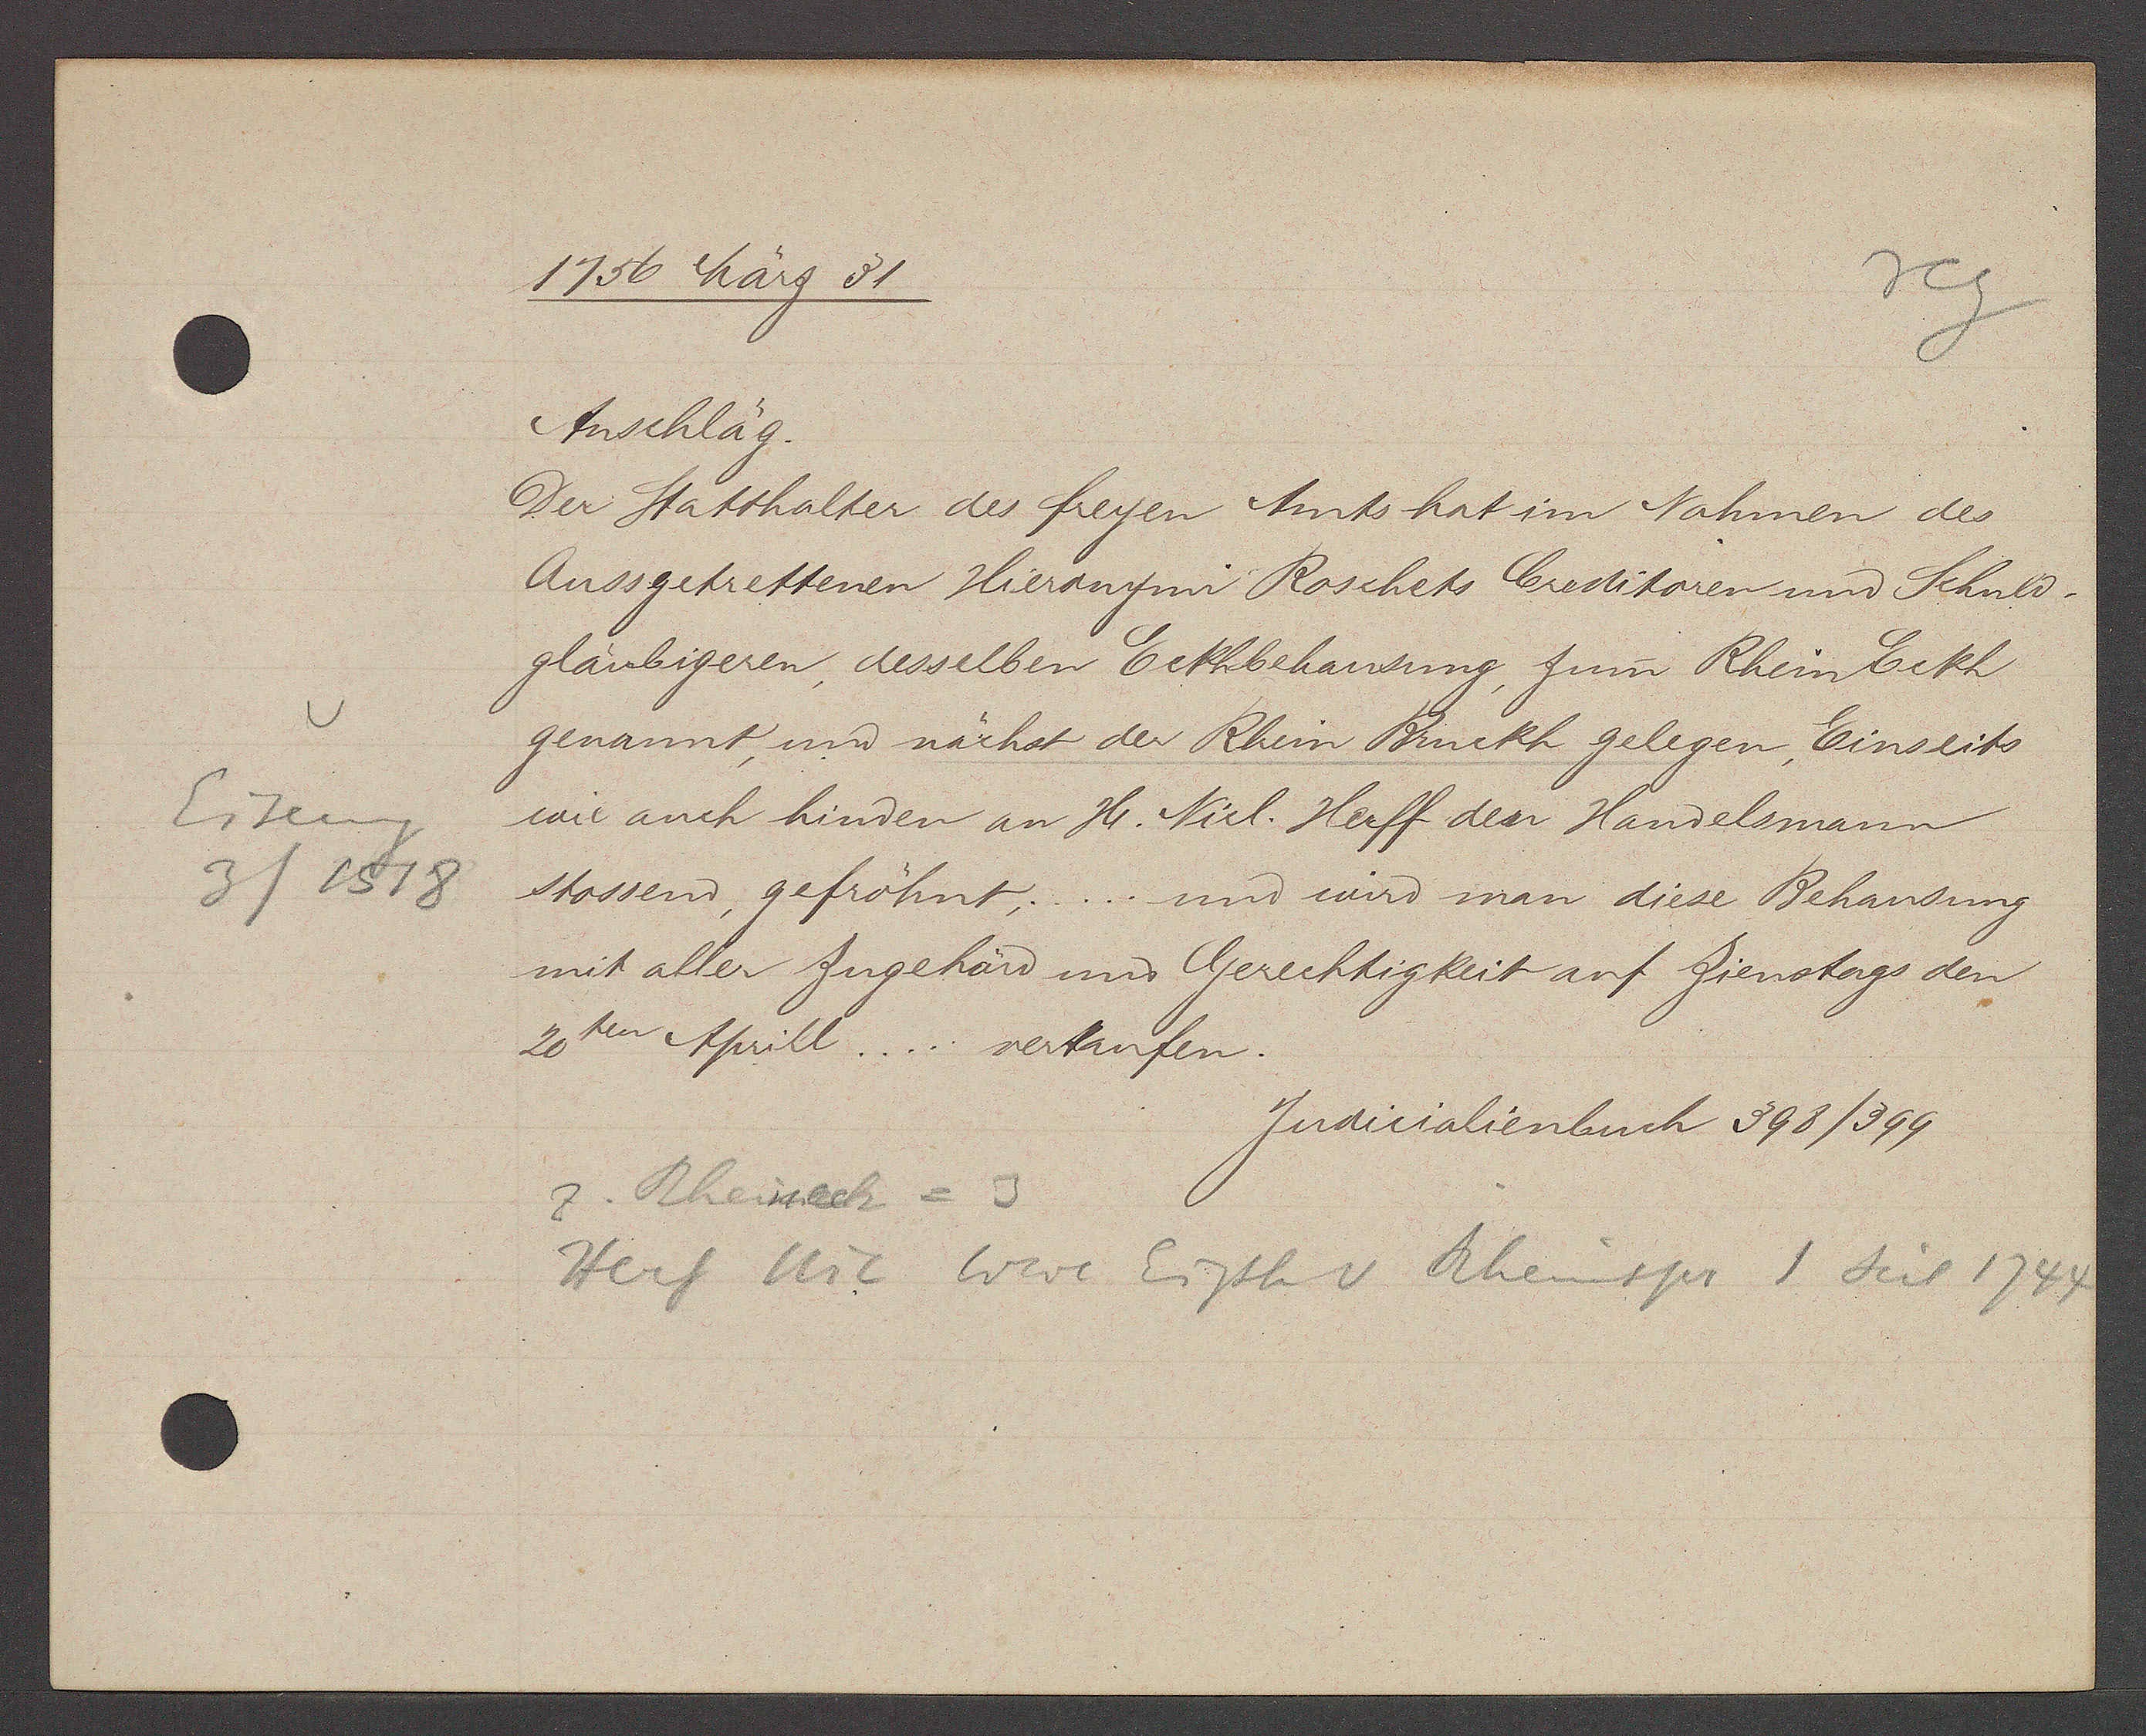
Transcript:
Eiseng
3 / 1518

1756 März 31

Anschläg.
Der Statthalter des freyen Amts hat im Nahmen des
Aussgetrettenen Hieronymi Roschets Creditoren und Schuld-
gläubigeren, desselben Eckhbehausung, zum Rhein Eckh
genannt, und nächst der Rhein Bruckh gelegen, Einseits
wie auch hinder an Hr. Nicl. Herff den Handelsmann
stossend, gefrönt, .... und wird man diese Behausung
mit allen Zugehärd und Gerechtigkeit auf Zienstags den
20ten Aprill ..... verkaufen.

Judicalienbuch 398/399

z. Rheineck = 3
ɋ
Herf Nic war Eigth v Rheinspr 1 seit 1744